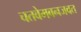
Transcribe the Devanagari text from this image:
चतवेमबनजवत